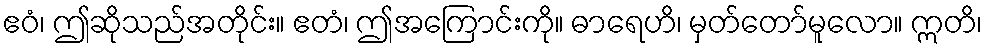
ဧဝံ၊ ဤဆိုသည်အတိုင်း။ ဧတံ၊ ဤအကြောင်းကို။ ဓာရေဟိ၊ မှတ်တော်မူလော။ ဣတိ၊